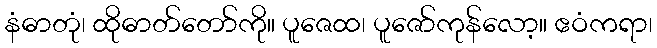
နံဓာတုံ၊ ထိုဓာတ်တော်ကို။ ပူဇေထ၊ ပူဇော်ကုန်လော့။ ဧဝံကရာ၊